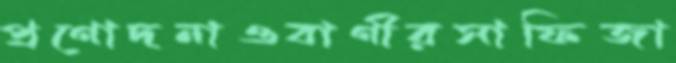
প্রণোদনাওবাণীরসাফিজা